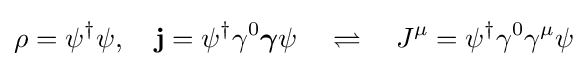
\rho =\psi ^{\dagger }\psi ,\quad \mathbf {j} =\psi ^{\dagger }\gamma ^{0}{\boldsymbol {\gamma }}\psi \quad \rightleftharpoons \quad J^{\mu }=\psi ^{\dagger }\gamma ^{0}\gamma ^{\mu }\psi